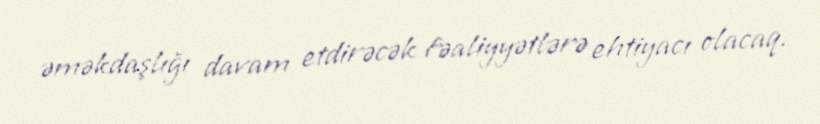
əməkdaşlığı davam etdirəcək fəaliyyətlərə ehtiyacı olacaq.